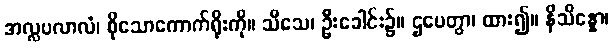
အလ္လပလာလံ၊ စိုသောကောက်ရိုးကို။ သီသေ၊ ဦးခေါင်း၌။ ဌပေတွာ၊ ထား၍။ နိသိန္နော၊